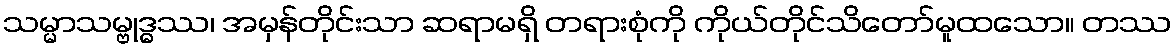
သမ္မာသမ္ဗုဒ္ဓဿ၊ အမှန်တိုင်းသာ ဆရာမရှိ တရားစုံကို ကိုယ်တိုင်သိတော်မူထသော။ တဿ